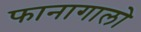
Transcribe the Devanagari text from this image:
फानागालो